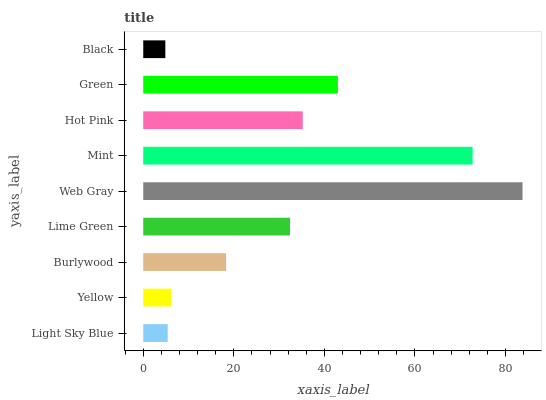
| yaxis_label | bars |
 | --- | --- |
 | Light Sky Blue | 5.41 |
 | Yellow | 6.2 |
 | Burlywood | 18.3 |
 | Lime Green | 32.4 |
 | Web Gray | 83.8 |
 | Mint | 72.7 |
 | Hot Pink | 35.2 |
 | Green | 43 |
 | Black | 4.88 |